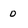
Character: 0